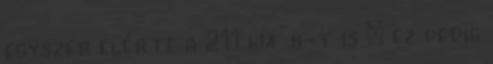
egyszer elérte a 211 km h-t is – ez pedig